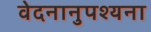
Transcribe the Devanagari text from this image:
वेदनानुपश्यना